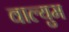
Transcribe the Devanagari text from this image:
वाल्युम